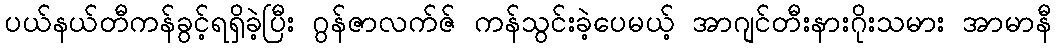
ပယ်နယ်တီကန်ခွင့်ရရှိခဲ့ပြီး ဂွန်ဇာလက်ဇ် ကန်သွင်းခဲ့ပေမယ့် အာဂျင်တီးနားဂိုးသမား အာမာနီ